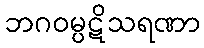
ဘဂဝမ္ပဋိသရဏာ